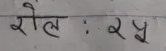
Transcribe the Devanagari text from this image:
रोल : २४